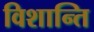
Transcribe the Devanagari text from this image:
विशान्ति